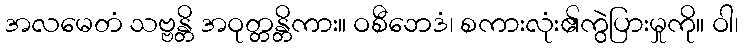
အလမေတံ သဗ္ဗန္တိ အဝုတ္တန္တိကား။ ဝစီဘေဒံ၊ စကားလုံး၏ကွဲပြားမှုကို။ ဝါ၊